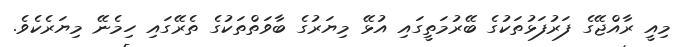
މިއީ ރާއްޖޭގެ ފަރުފަޅުތަކުގެ ބޭރުމަތީގައި އުޅޭ މިޔަރުގެ ބާވަތްތަކުގެ ތެރޭގައި ހިމެނޭ މިޔަރެކެވެ.